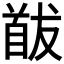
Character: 𩠕